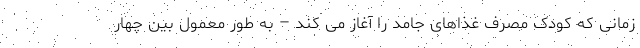
زمانی که کودک مصرف غذاهای جامد را آغاز می کند – به طور معمول بین چهار